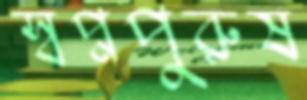
স্বপ্নপুরুষ